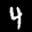
Label: 4